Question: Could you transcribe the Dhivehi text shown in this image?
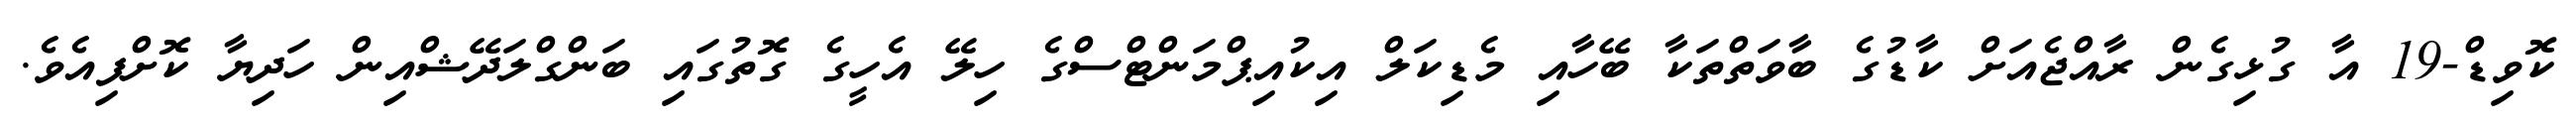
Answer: ކޮވިޑް-19 އާ ގުޅިގެން ރާއްޖެއަށް ކާޑުގެ ބާވަތްތަކާ ބޭހާއި މެޑިކަލް އިކުއިޕްމަންޓްސްގެ ހިލޭ އެހީގެ ގޮތުގައި ބަންގްލަދޭޝްއިން ހަދިޔާ ކޮށްފިއެވެ.